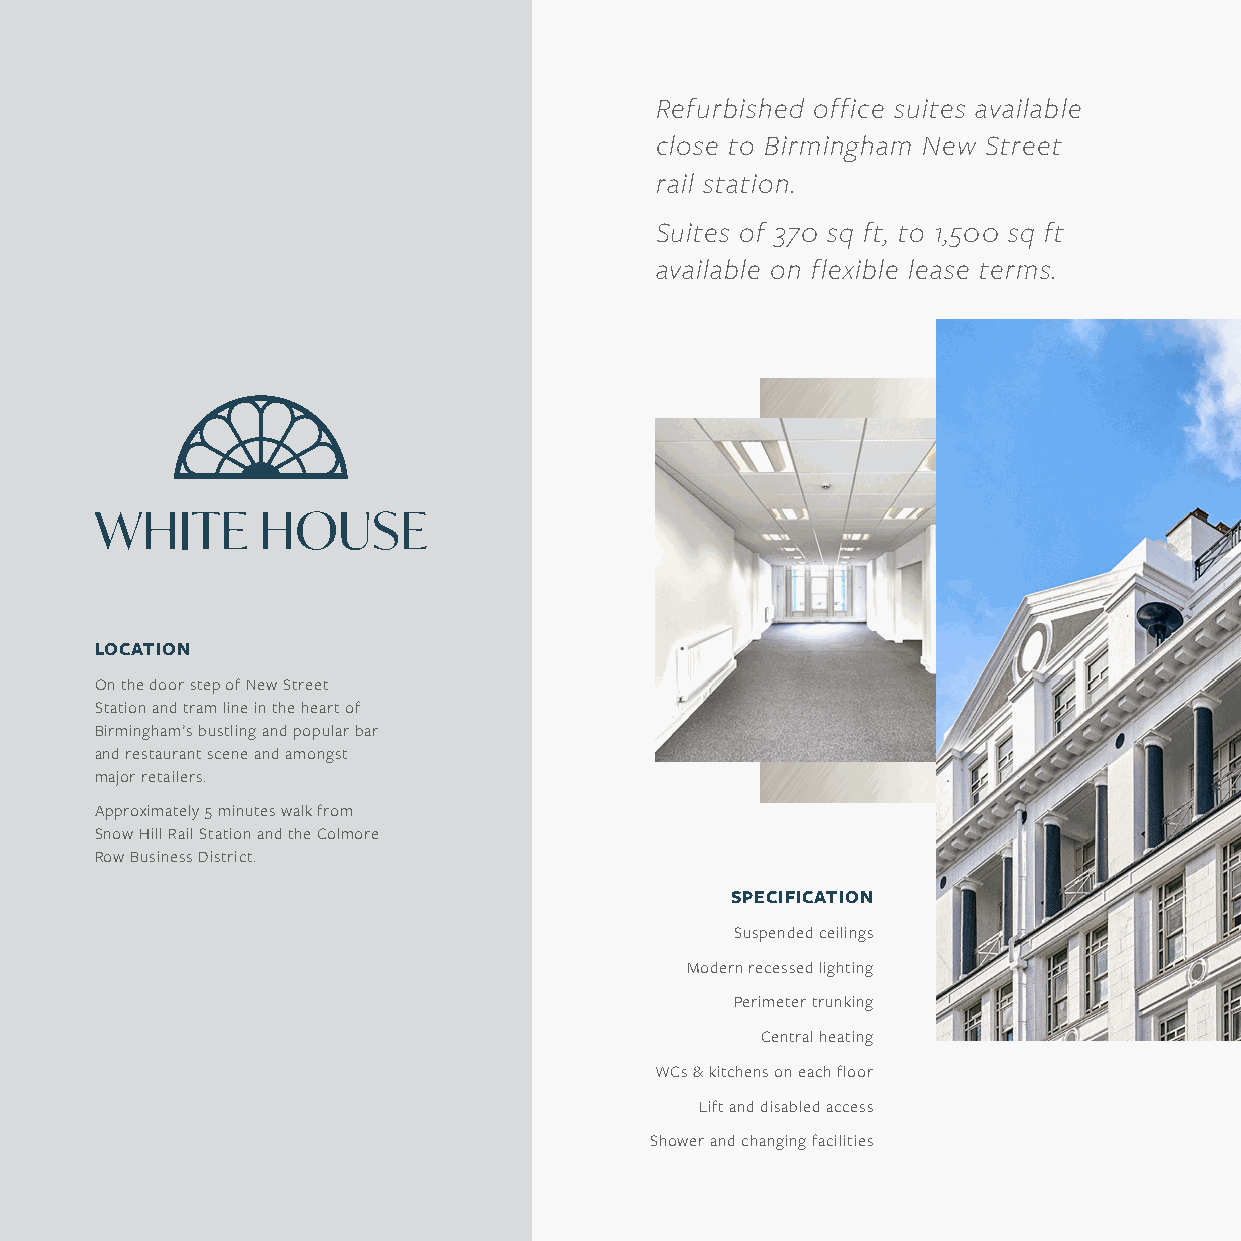
Refurbished office suites available
 close to Birmingham New Street
 rail station.
 Suites of 370 sq ft, to 1,500 sq ft
 available on flexible lease terms.
 LOCATION
 On the door step of New Street
 Station and tram line in the heart of
 Birmingham’s bustling and popular bar
 and restaurant scene and amongst
 major retailers.
 Approximately 5 minutes walk from
 Snow Hill Rail Station and the Colmore
 Row Business District.
 SPECIFICATION
 Suspended ceilings
 Modern recessed lighting
 Perimeter trunking
 Central heating
 WCs & kitchens on each floor
 Lift and disabled access
 Shower and changing facilities